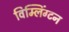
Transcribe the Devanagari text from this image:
विम्लिंग्टन